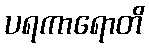
ပရကာရောတိ